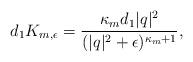
LaTeX: \begin{align*} d_1 K_{m,\epsilon} = \frac{\kappa_m d_1|q|^2}{(|q|^2+\epsilon)^{\kappa_m+1}}, \end{align*}